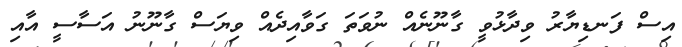
އިސް ފަނޑިޔާރު ވިދާޅުވީ ގާނޫނެއް ނުވަތަ ގަވާއިދެއް ވިޔަސް ގާނޫނު އަސާސީ އާއި